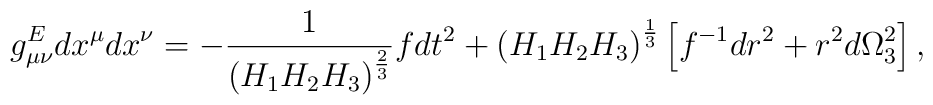
g^E_{\mu\nu}dx^{\mu}dx^{\nu}=-{1\over{\left(H_1H_2H_3\right)^{2\over 3}}}fdt^2+\left(H_1H_2H_3\right)^{1\over 3}\left[f^{-1}dr^2+r^2d\Omega^2_3\right],